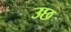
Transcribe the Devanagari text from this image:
उछ